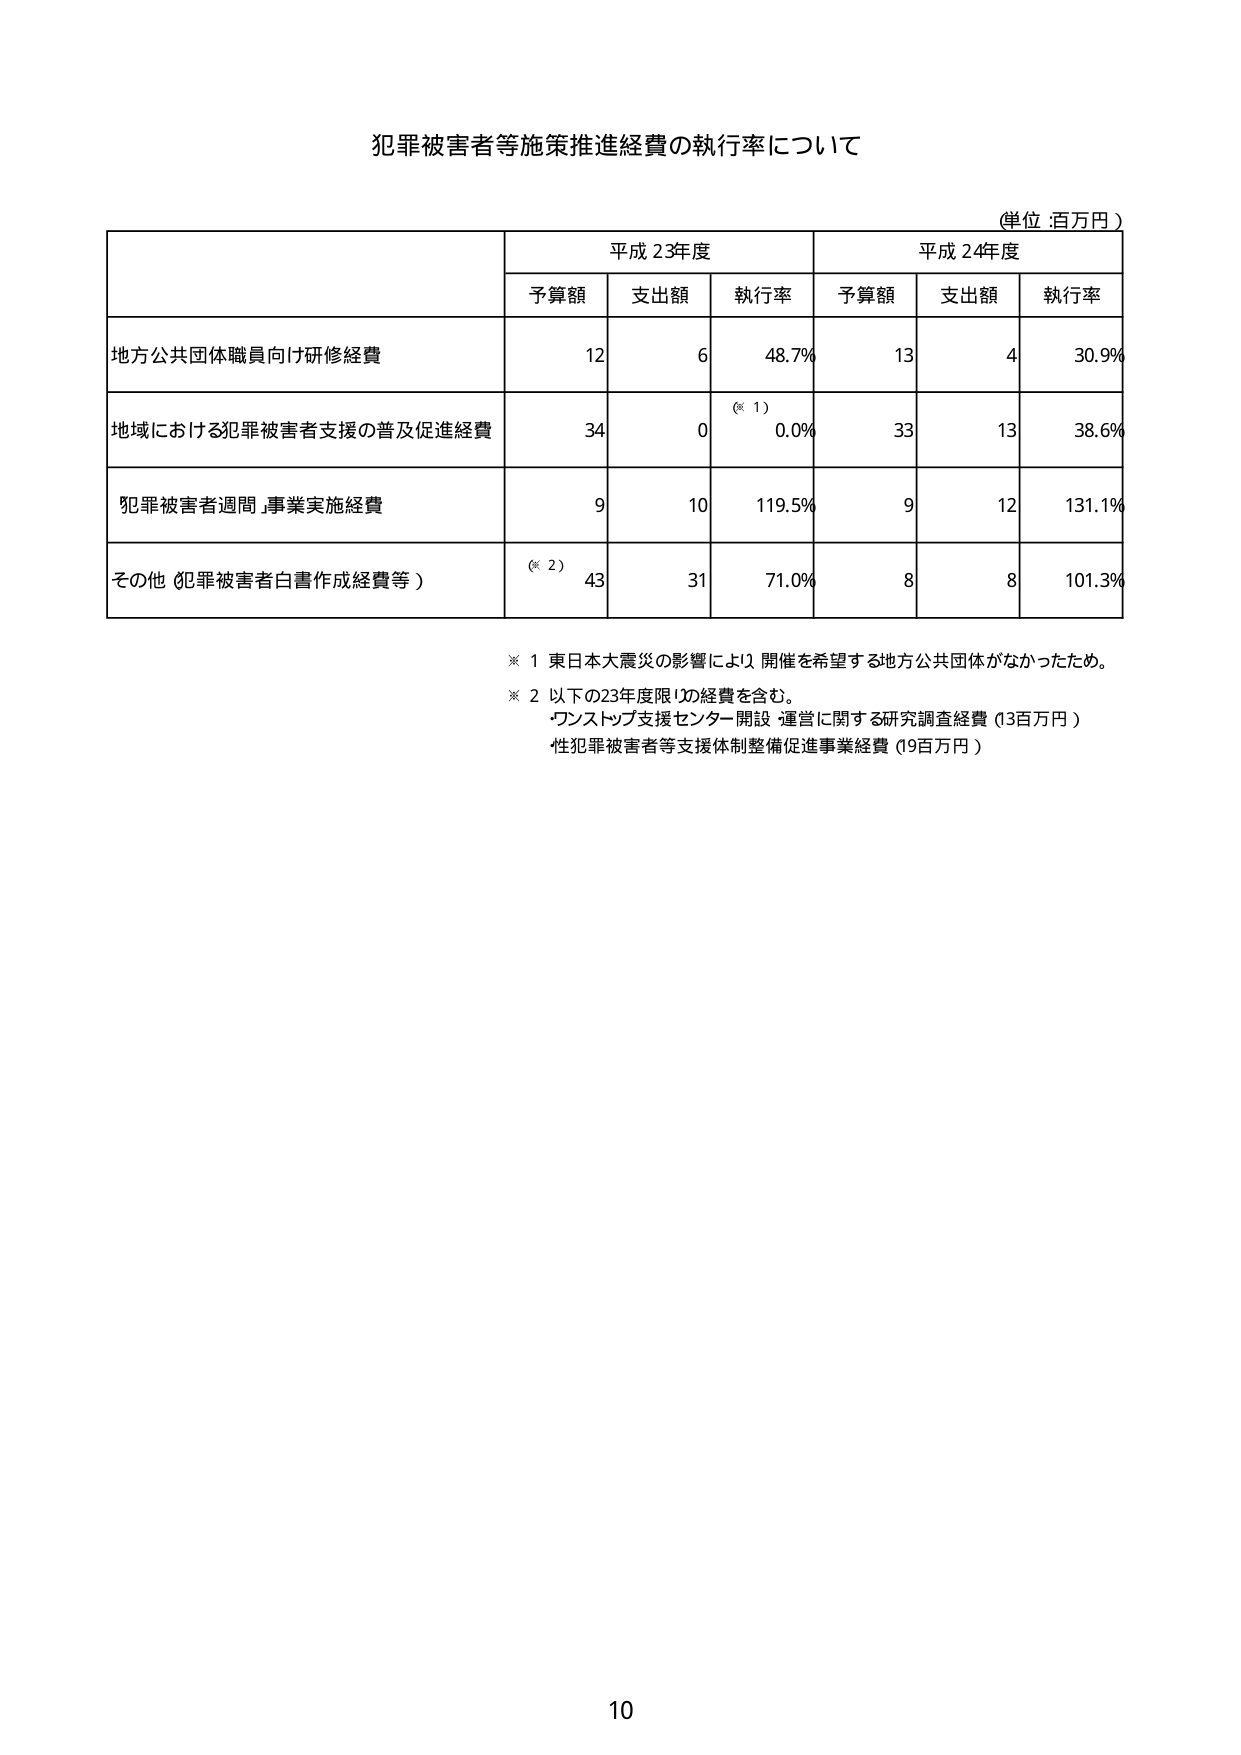
犯罪被害者等施策推進経費の執行率について

(単位：百万円)

平成23年度 平成24年度
予算額 支出額 執行率 予算額 支出額 執行率

地方公共団体職員向け研修経費 12 6 48.7% 13 4 30.9%

地域における犯罪被害者支援の普及促進経費 34 0 (※1) 0.0% 33 13 38.6%

犯罪被害者週間事業実施経費 9 10 119.5% 9 12 131.1%

その他（犯罪被害者白書作成経費等） (※2) 43 31 71.0% 8 8 101.3%

※1 東日本大震災の影響により開催を希望する地方公共団体がなかったため。
※2 以下の23年度限りの経費を含む。
・ワンストップ支援センター開設・運営に関する研究調査経費（3百万円）
・性犯罪被害者等支援体制整備促進事業経費（19百万円）

10